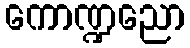
ကောဏ္ဍညော